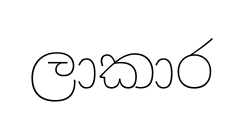
ලාකාර